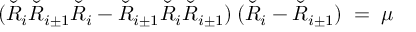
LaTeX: ( \check { R } _ { i } \check { R } _ { i \pm 1 } \check { R } _ { i } - \check { R } _ { i \pm 1 } \check { R } _ { i } \check { R } _ { i \pm 1 } ) \: ( \check { R } _ { i } - \check { R } _ { i \pm 1 } ) \; = \; \mu